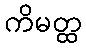
ကိမတ္ထ